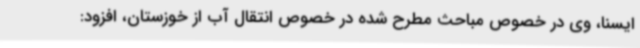
ایسنا، وی در خصوص مباحث مطرح شده در خصوص انتقال آب از خوزستان، افزود: